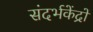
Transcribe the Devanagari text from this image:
संदर्भकेंद्रों